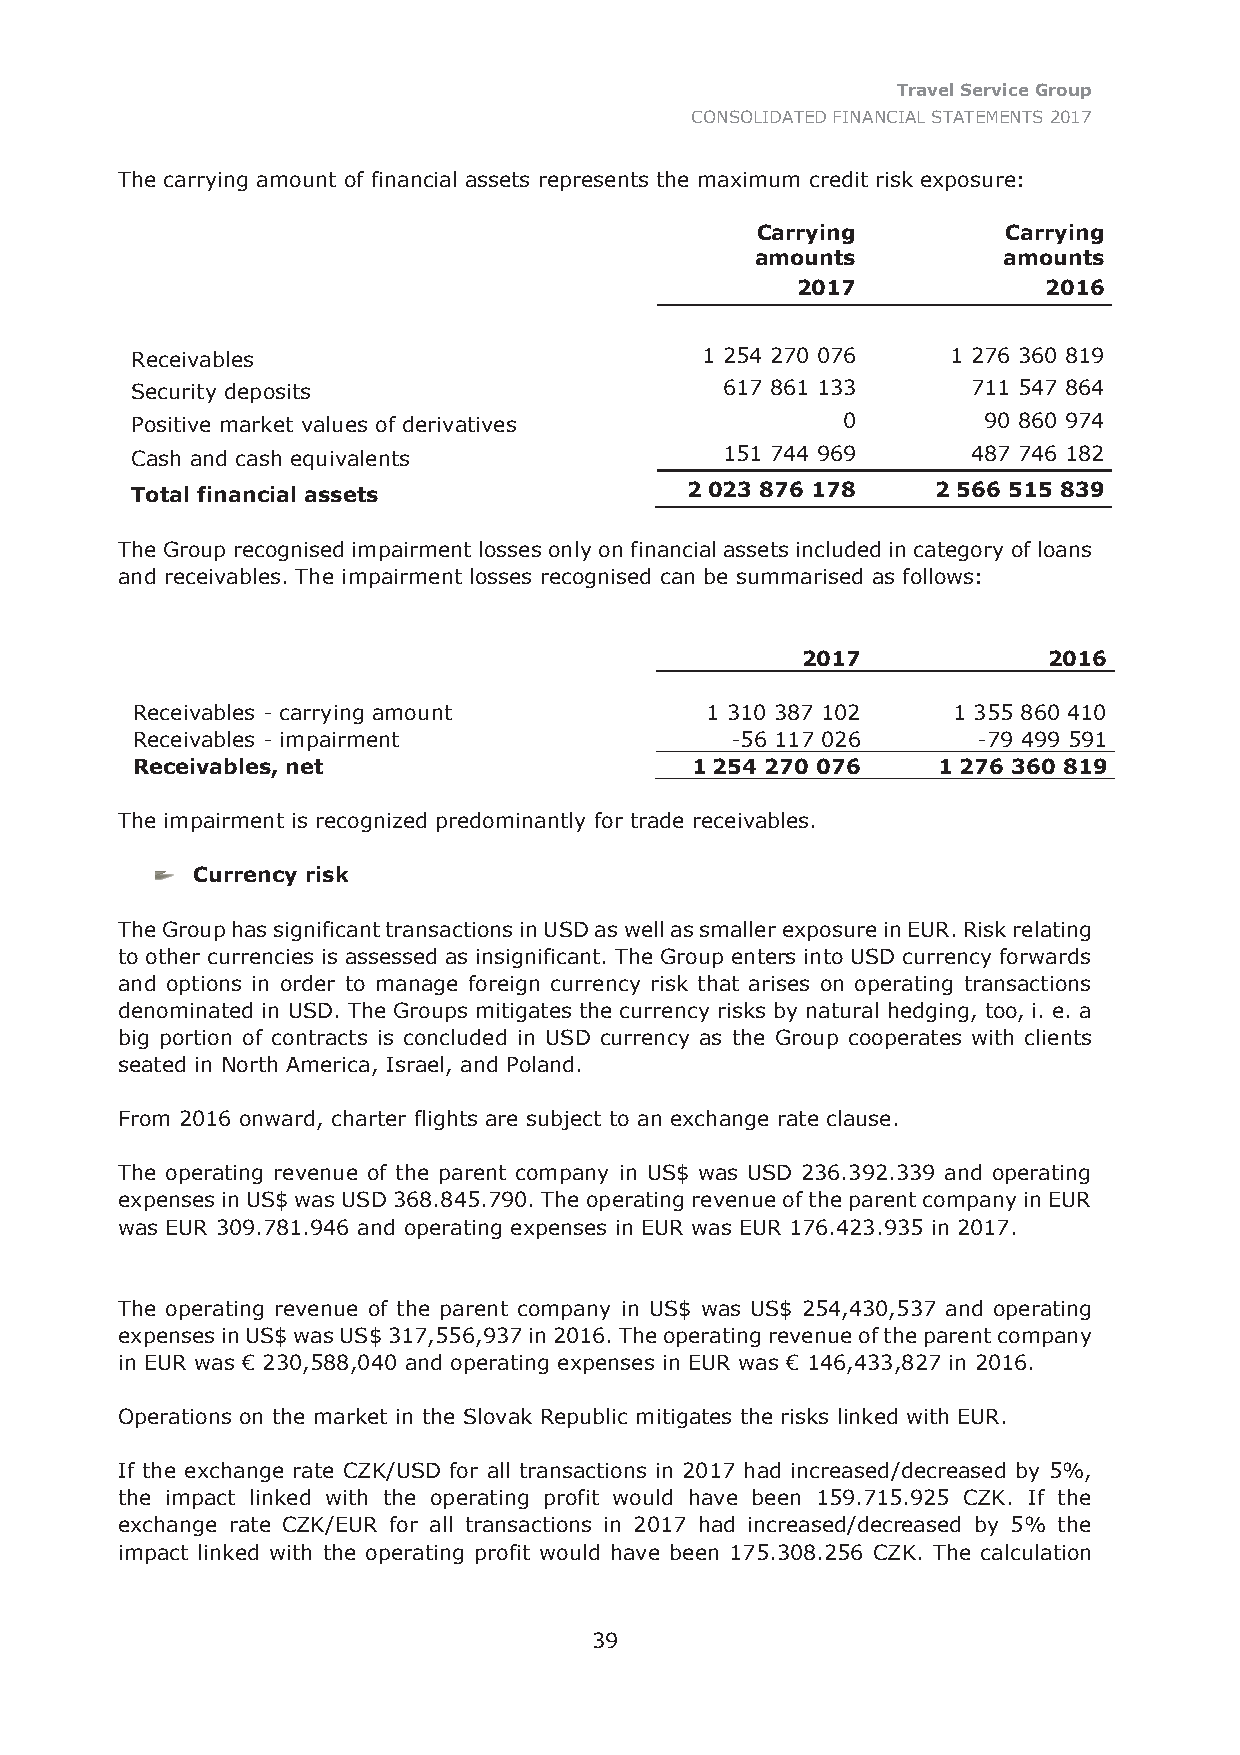
Travel Service Group
 CONSOLIDATED FINANCIAL STATEMENTS 2017
 The carrying amount of financial assets represents the maximum credit risk exposure:
 Carrying         Carrying
 amounts         amounts
 2017            2016
 Receivables                          1 254 270 076    1 276 360 819
 Security deposits                      617 861 133     711 547 864
 Positive market values of derivatives          0        90 860 974
 Cash and cash equivalents              151 744 969     487 746 182
 Total financial assets              2 023 876 178    2 566 515 839
 The Group recognised impairment losses only on financial assets included in category of loans
 and receivables. The impairment losses recognised can be summarised as follows:
 2017            2016
 Receivables - carrying amount         1 310 387 102   1 355 860 410
 Receivables - impairment               -56 117 026      -79 499 591
 Receivables, net                     1 254 270 076   1 276 360 819
 The impairment is recognized predominantly for trade receivables.
 Currency risk
 The Group has significant transactions in USD as well as smaller exposure in EUR. Risk relating
 to other currencies is assessed as insignificant. The Group enters into USD currency forwards
 and options in order to manage foreign currency risk that arises on operating transactions
 denominated in USD. The Groups mitigates the currency risks by natural hedging, too, i. e. a
 big portion of contracts is concluded in USD currency as the Group cooperates with clients
 seated in North America, Israel, and Poland.
 From 2016 onward, charter flights are subject to an exchange rate clause.
 The operating revenue of the parent company in US$ was USD 236.392.339 and operating
 expenses in US$ was USD 368.845.790. The operating revenue of the parent company in EUR
 was EUR 309.781.946 and operating expenses in EUR was EUR 176.423.935 in 2017.
 The operating revenue of the parent company in US$ was US$ 254,430,537 and operating
 expenses in US$ was US$ 317,556,937 in 2016. The operating revenue of the parent company
 in EUR was € 230,588,040 and operating expenses in EUR was € 146,433,827 in 2016.
 Operations on the market in the Slovak Republic mitigates the risks linked with EUR.
 If the exchange rate CZK/USD for all transactions in 2017 had increased/decreased by 5%,
 the impact linked with the operating profit would have been 159.715.925 CZK. If the
 exchange rate CZK/EUR for all transactions in 2017 had increased/decreased by 5% the
 impact linked with the operating profit would have been 175.308.256 CZK. The calculation
 39